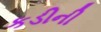
કડીની